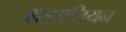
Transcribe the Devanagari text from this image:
हाइवाज़ियन